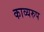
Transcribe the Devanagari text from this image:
काव्यरुप